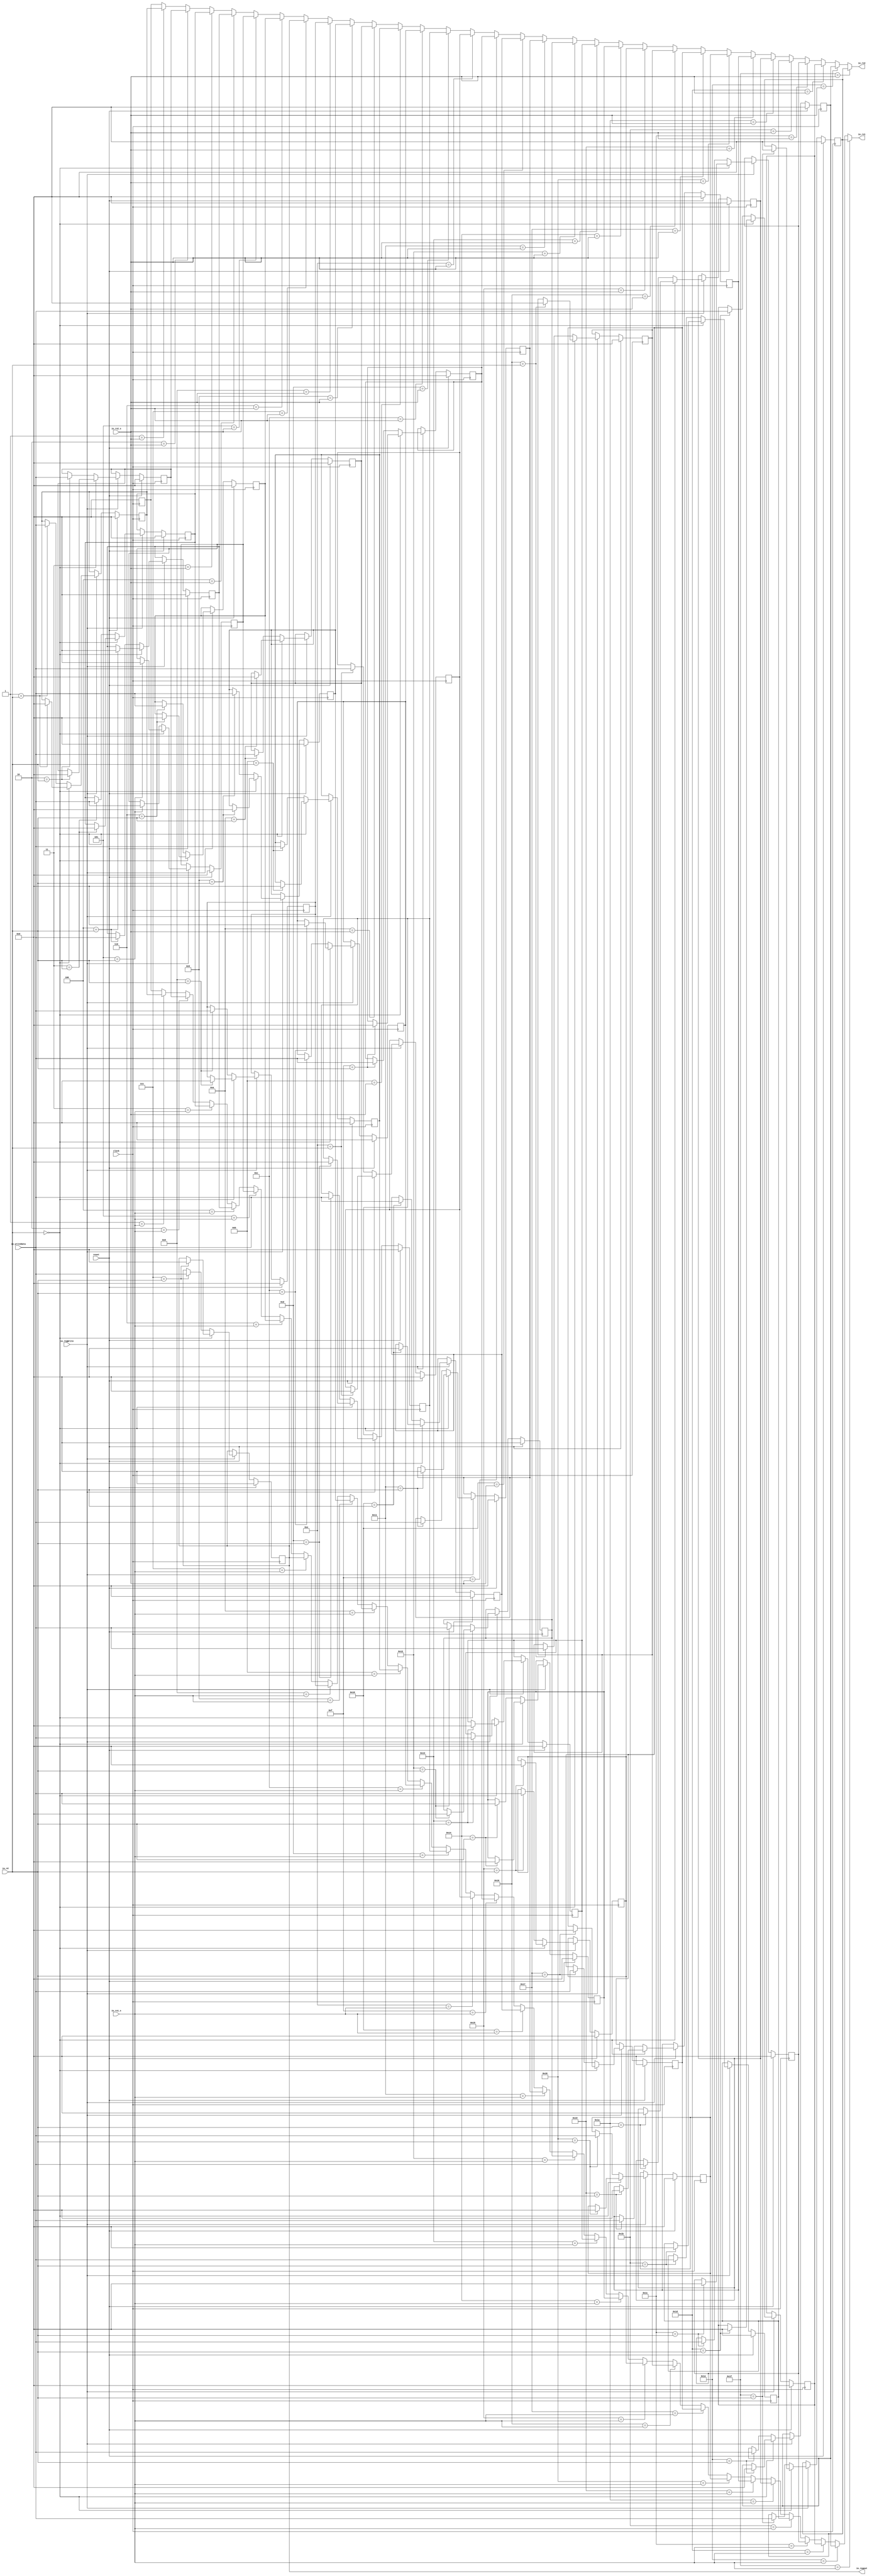
module Regfile(
  input         clock,
  input         reset,
  input         io_regWrite,
  input  [4:0]  io_rs1_s,
  input  [4:0]  io_rs2_s,
  input  [4:0]  io_rd,
  input  [31:0] io_writeData,
  output [31:0] io_rs1,
  output [31:0] io_rs2,
  output [31:0] io_regout
);
  reg [31:0] register_0; // @[Regfile.scala 16:31]
  reg [31:0] _RAND_0;
  reg [31:0] register_1; // @[Regfile.scala 16:31]
  reg [31:0] _RAND_1;
  reg [31:0] register_2; // @[Regfile.scala 16:31]
  reg [31:0] _RAND_2;
  reg [31:0] register_3; // @[Regfile.scala 16:31]
  reg [31:0] _RAND_3;
  reg [31:0] register_4; // @[Regfile.scala 16:31]
  reg [31:0] _RAND_4;
  reg [31:0] register_5; // @[Regfile.scala 16:31]
  reg [31:0] _RAND_5;
  reg [31:0] register_6; // @[Regfile.scala 16:31]
  reg [31:0] _RAND_6;
  reg [31:0] register_7; // @[Regfile.scala 16:31]
  reg [31:0] _RAND_7;
  reg [31:0] register_8; // @[Regfile.scala 16:31]
  reg [31:0] _RAND_8;
  reg [31:0] register_9; // @[Regfile.scala 16:31]
  reg [31:0] _RAND_9;
  reg [31:0] register_10; // @[Regfile.scala 16:31]
  reg [31:0] _RAND_10;
  reg [31:0] register_11; // @[Regfile.scala 16:31]
  reg [31:0] _RAND_11;
  reg [31:0] register_12; // @[Regfile.scala 16:31]
  reg [31:0] _RAND_12;
  reg [31:0] register_13; // @[Regfile.scala 16:31]
  reg [31:0] _RAND_13;
  reg [31:0] register_14; // @[Regfile.scala 16:31]
  reg [31:0] _RAND_14;
  reg [31:0] register_15; // @[Regfile.scala 16:31]
  reg [31:0] _RAND_15;
  reg [31:0] register_16; // @[Regfile.scala 16:31]
  reg [31:0] _RAND_16;
  reg [31:0] register_17; // @[Regfile.scala 16:31]
  reg [31:0] _RAND_17;
  reg [31:0] register_18; // @[Regfile.scala 16:31]
  reg [31:0] _RAND_18;
  reg [31:0] register_19; // @[Regfile.scala 16:31]
  reg [31:0] _RAND_19;
  reg [31:0] register_20; // @[Regfile.scala 16:31]
  reg [31:0] _RAND_20;
  reg [31:0] register_21; // @[Regfile.scala 16:31]
  reg [31:0] _RAND_21;
  reg [31:0] register_22; // @[Regfile.scala 16:31]
  reg [31:0] _RAND_22;
  reg [31:0] register_23; // @[Regfile.scala 16:31]
  reg [31:0] _RAND_23;
  reg [31:0] register_24; // @[Regfile.scala 16:31]
  reg [31:0] _RAND_24;
  reg [31:0] register_25; // @[Regfile.scala 16:31]
  reg [31:0] _RAND_25;
  reg [31:0] register_26; // @[Regfile.scala 16:31]
  reg [31:0] _RAND_26;
  reg [31:0] register_27; // @[Regfile.scala 16:31]
  reg [31:0] _RAND_27;
  reg [31:0] register_28; // @[Regfile.scala 16:31]
  reg [31:0] _RAND_28;
  reg [31:0] register_29; // @[Regfile.scala 16:31]
  reg [31:0] _RAND_29;
  reg [31:0] register_30; // @[Regfile.scala 16:31]
  reg [31:0] _RAND_30;
  reg [31:0] register_31; // @[Regfile.scala 16:31]
  reg [31:0] _RAND_31;
  wire [31:0] _GEN_1; // @[Regfile.scala 18:16]
  wire [31:0] _GEN_2; // @[Regfile.scala 18:16]
  wire [31:0] _GEN_3; // @[Regfile.scala 18:16]
  wire [31:0] _GEN_4; // @[Regfile.scala 18:16]
  wire [31:0] _GEN_5; // @[Regfile.scala 18:16]
  wire [31:0] _GEN_6; // @[Regfile.scala 18:16]
  wire [31:0] _GEN_7; // @[Regfile.scala 18:16]
  wire [31:0] _GEN_8; // @[Regfile.scala 18:16]
  wire [31:0] _GEN_9; // @[Regfile.scala 18:16]
  wire [31:0] _GEN_10; // @[Regfile.scala 18:16]
  wire [31:0] _GEN_11; // @[Regfile.scala 18:16]
  wire [31:0] _GEN_12; // @[Regfile.scala 18:16]
  wire [31:0] _GEN_13; // @[Regfile.scala 18:16]
  wire [31:0] _GEN_14; // @[Regfile.scala 18:16]
  wire [31:0] _GEN_15; // @[Regfile.scala 18:16]
  wire [31:0] _GEN_16; // @[Regfile.scala 18:16]
  wire [31:0] _GEN_17; // @[Regfile.scala 18:16]
  wire [31:0] _GEN_18; // @[Regfile.scala 18:16]
  wire [31:0] _GEN_19; // @[Regfile.scala 18:16]
  wire [31:0] _GEN_20; // @[Regfile.scala 18:16]
  wire [31:0] _GEN_21; // @[Regfile.scala 18:16]
  wire [31:0] _GEN_22; // @[Regfile.scala 18:16]
  wire [31:0] _GEN_23; // @[Regfile.scala 18:16]
  wire [31:0] _GEN_24; // @[Regfile.scala 18:16]
  wire [31:0] _GEN_25; // @[Regfile.scala 18:16]
  wire [31:0] _GEN_26; // @[Regfile.scala 18:16]
  wire [31:0] _GEN_27; // @[Regfile.scala 18:16]
  wire [31:0] _GEN_28; // @[Regfile.scala 18:16]
  wire [31:0] _GEN_29; // @[Regfile.scala 18:16]
  wire [31:0] _GEN_30; // @[Regfile.scala 18:16]
  wire [31:0] _GEN_33; // @[Regfile.scala 19:16]
  wire [31:0] _GEN_34; // @[Regfile.scala 19:16]
  wire [31:0] _GEN_35; // @[Regfile.scala 19:16]
  wire [31:0] _GEN_36; // @[Regfile.scala 19:16]
  wire [31:0] _GEN_37; // @[Regfile.scala 19:16]
  wire [31:0] _GEN_38; // @[Regfile.scala 19:16]
  wire [31:0] _GEN_39; // @[Regfile.scala 19:16]
  wire [31:0] _GEN_40; // @[Regfile.scala 19:16]
  wire [31:0] _GEN_41; // @[Regfile.scala 19:16]
  wire [31:0] _GEN_42; // @[Regfile.scala 19:16]
  wire [31:0] _GEN_43; // @[Regfile.scala 19:16]
  wire [31:0] _GEN_44; // @[Regfile.scala 19:16]
  wire [31:0] _GEN_45; // @[Regfile.scala 19:16]
  wire [31:0] _GEN_46; // @[Regfile.scala 19:16]
  wire [31:0] _GEN_47; // @[Regfile.scala 19:16]
  wire [31:0] _GEN_48; // @[Regfile.scala 19:16]
  wire [31:0] _GEN_49; // @[Regfile.scala 19:16]
  wire [31:0] _GEN_50; // @[Regfile.scala 19:16]
  wire [31:0] _GEN_51; // @[Regfile.scala 19:16]
  wire [31:0] _GEN_52; // @[Regfile.scala 19:16]
  wire [31:0] _GEN_53; // @[Regfile.scala 19:16]
  wire [31:0] _GEN_54; // @[Regfile.scala 19:16]
  wire [31:0] _GEN_55; // @[Regfile.scala 19:16]
  wire [31:0] _GEN_56; // @[Regfile.scala 19:16]
  wire [31:0] _GEN_57; // @[Regfile.scala 19:16]
  wire [31:0] _GEN_58; // @[Regfile.scala 19:16]
  wire [31:0] _GEN_59; // @[Regfile.scala 19:16]
  wire [31:0] _GEN_60; // @[Regfile.scala 19:16]
  wire [31:0] _GEN_61; // @[Regfile.scala 19:16]
  wire [31:0] _GEN_62; // @[Regfile.scala 19:16]
  wire  _T_2; // @[Regfile.scala 21:28]
  assign _GEN_1 = 5'h1 == io_rs1_s ? $signed(register_1) : $signed(register_0); // @[Regfile.scala 18:16]
  assign _GEN_2 = 5'h2 == io_rs1_s ? $signed(register_2) : $signed(_GEN_1); // @[Regfile.scala 18:16]
  assign _GEN_3 = 5'h3 == io_rs1_s ? $signed(register_3) : $signed(_GEN_2); // @[Regfile.scala 18:16]
  assign _GEN_4 = 5'h4 == io_rs1_s ? $signed(register_4) : $signed(_GEN_3); // @[Regfile.scala 18:16]
  assign _GEN_5 = 5'h5 == io_rs1_s ? $signed(register_5) : $signed(_GEN_4); // @[Regfile.scala 18:16]
  assign _GEN_6 = 5'h6 == io_rs1_s ? $signed(register_6) : $signed(_GEN_5); // @[Regfile.scala 18:16]
  assign _GEN_7 = 5'h7 == io_rs1_s ? $signed(register_7) : $signed(_GEN_6); // @[Regfile.scala 18:16]
  assign _GEN_8 = 5'h8 == io_rs1_s ? $signed(register_8) : $signed(_GEN_7); // @[Regfile.scala 18:16]
  assign _GEN_9 = 5'h9 == io_rs1_s ? $signed(register_9) : $signed(_GEN_8); // @[Regfile.scala 18:16]
  assign _GEN_10 = 5'ha == io_rs1_s ? $signed(register_10) : $signed(_GEN_9); // @[Regfile.scala 18:16]
  assign _GEN_11 = 5'hb == io_rs1_s ? $signed(register_11) : $signed(_GEN_10); // @[Regfile.scala 18:16]
  assign _GEN_12 = 5'hc == io_rs1_s ? $signed(register_12) : $signed(_GEN_11); // @[Regfile.scala 18:16]
  assign _GEN_13 = 5'hd == io_rs1_s ? $signed(register_13) : $signed(_GEN_12); // @[Regfile.scala 18:16]
  assign _GEN_14 = 5'he == io_rs1_s ? $signed(register_14) : $signed(_GEN_13); // @[Regfile.scala 18:16]
  assign _GEN_15 = 5'hf == io_rs1_s ? $signed(register_15) : $signed(_GEN_14); // @[Regfile.scala 18:16]
  assign _GEN_16 = 5'h10 == io_rs1_s ? $signed(register_16) : $signed(_GEN_15); // @[Regfile.scala 18:16]
  assign _GEN_17 = 5'h11 == io_rs1_s ? $signed(register_17) : $signed(_GEN_16); // @[Regfile.scala 18:16]
  assign _GEN_18 = 5'h12 == io_rs1_s ? $signed(register_18) : $signed(_GEN_17); // @[Regfile.scala 18:16]
  assign _GEN_19 = 5'h13 == io_rs1_s ? $signed(register_19) : $signed(_GEN_18); // @[Regfile.scala 18:16]
  assign _GEN_20 = 5'h14 == io_rs1_s ? $signed(register_20) : $signed(_GEN_19); // @[Regfile.scala 18:16]
  assign _GEN_21 = 5'h15 == io_rs1_s ? $signed(register_21) : $signed(_GEN_20); // @[Regfile.scala 18:16]
  assign _GEN_22 = 5'h16 == io_rs1_s ? $signed(register_22) : $signed(_GEN_21); // @[Regfile.scala 18:16]
  assign _GEN_23 = 5'h17 == io_rs1_s ? $signed(register_23) : $signed(_GEN_22); // @[Regfile.scala 18:16]
  assign _GEN_24 = 5'h18 == io_rs1_s ? $signed(register_24) : $signed(_GEN_23); // @[Regfile.scala 18:16]
  assign _GEN_25 = 5'h19 == io_rs1_s ? $signed(register_25) : $signed(_GEN_24); // @[Regfile.scala 18:16]
  assign _GEN_26 = 5'h1a == io_rs1_s ? $signed(register_26) : $signed(_GEN_25); // @[Regfile.scala 18:16]
  assign _GEN_27 = 5'h1b == io_rs1_s ? $signed(register_27) : $signed(_GEN_26); // @[Regfile.scala 18:16]
  assign _GEN_28 = 5'h1c == io_rs1_s ? $signed(register_28) : $signed(_GEN_27); // @[Regfile.scala 18:16]
  assign _GEN_29 = 5'h1d == io_rs1_s ? $signed(register_29) : $signed(_GEN_28); // @[Regfile.scala 18:16]
  assign _GEN_30 = 5'h1e == io_rs1_s ? $signed(register_30) : $signed(_GEN_29); // @[Regfile.scala 18:16]
  assign _GEN_33 = 5'h1 == io_rs2_s ? $signed(register_1) : $signed(register_0); // @[Regfile.scala 19:16]
  assign _GEN_34 = 5'h2 == io_rs2_s ? $signed(register_2) : $signed(_GEN_33); // @[Regfile.scala 19:16]
  assign _GEN_35 = 5'h3 == io_rs2_s ? $signed(register_3) : $signed(_GEN_34); // @[Regfile.scala 19:16]
  assign _GEN_36 = 5'h4 == io_rs2_s ? $signed(register_4) : $signed(_GEN_35); // @[Regfile.scala 19:16]
  assign _GEN_37 = 5'h5 == io_rs2_s ? $signed(register_5) : $signed(_GEN_36); // @[Regfile.scala 19:16]
  assign _GEN_38 = 5'h6 == io_rs2_s ? $signed(register_6) : $signed(_GEN_37); // @[Regfile.scala 19:16]
  assign _GEN_39 = 5'h7 == io_rs2_s ? $signed(register_7) : $signed(_GEN_38); // @[Regfile.scala 19:16]
  assign _GEN_40 = 5'h8 == io_rs2_s ? $signed(register_8) : $signed(_GEN_39); // @[Regfile.scala 19:16]
  assign _GEN_41 = 5'h9 == io_rs2_s ? $signed(register_9) : $signed(_GEN_40); // @[Regfile.scala 19:16]
  assign _GEN_42 = 5'ha == io_rs2_s ? $signed(register_10) : $signed(_GEN_41); // @[Regfile.scala 19:16]
  assign _GEN_43 = 5'hb == io_rs2_s ? $signed(register_11) : $signed(_GEN_42); // @[Regfile.scala 19:16]
  assign _GEN_44 = 5'hc == io_rs2_s ? $signed(register_12) : $signed(_GEN_43); // @[Regfile.scala 19:16]
  assign _GEN_45 = 5'hd == io_rs2_s ? $signed(register_13) : $signed(_GEN_44); // @[Regfile.scala 19:16]
  assign _GEN_46 = 5'he == io_rs2_s ? $signed(register_14) : $signed(_GEN_45); // @[Regfile.scala 19:16]
  assign _GEN_47 = 5'hf == io_rs2_s ? $signed(register_15) : $signed(_GEN_46); // @[Regfile.scala 19:16]
  assign _GEN_48 = 5'h10 == io_rs2_s ? $signed(register_16) : $signed(_GEN_47); // @[Regfile.scala 19:16]
  assign _GEN_49 = 5'h11 == io_rs2_s ? $signed(register_17) : $signed(_GEN_48); // @[Regfile.scala 19:16]
  assign _GEN_50 = 5'h12 == io_rs2_s ? $signed(register_18) : $signed(_GEN_49); // @[Regfile.scala 19:16]
  assign _GEN_51 = 5'h13 == io_rs2_s ? $signed(register_19) : $signed(_GEN_50); // @[Regfile.scala 19:16]
  assign _GEN_52 = 5'h14 == io_rs2_s ? $signed(register_20) : $signed(_GEN_51); // @[Regfile.scala 19:16]
  assign _GEN_53 = 5'h15 == io_rs2_s ? $signed(register_21) : $signed(_GEN_52); // @[Regfile.scala 19:16]
  assign _GEN_54 = 5'h16 == io_rs2_s ? $signed(register_22) : $signed(_GEN_53); // @[Regfile.scala 19:16]
  assign _GEN_55 = 5'h17 == io_rs2_s ? $signed(register_23) : $signed(_GEN_54); // @[Regfile.scala 19:16]
  assign _GEN_56 = 5'h18 == io_rs2_s ? $signed(register_24) : $signed(_GEN_55); // @[Regfile.scala 19:16]
  assign _GEN_57 = 5'h19 == io_rs2_s ? $signed(register_25) : $signed(_GEN_56); // @[Regfile.scala 19:16]
  assign _GEN_58 = 5'h1a == io_rs2_s ? $signed(register_26) : $signed(_GEN_57); // @[Regfile.scala 19:16]
  assign _GEN_59 = 5'h1b == io_rs2_s ? $signed(register_27) : $signed(_GEN_58); // @[Regfile.scala 19:16]
  assign _GEN_60 = 5'h1c == io_rs2_s ? $signed(register_28) : $signed(_GEN_59); // @[Regfile.scala 19:16]
  assign _GEN_61 = 5'h1d == io_rs2_s ? $signed(register_29) : $signed(_GEN_60); // @[Regfile.scala 19:16]
  assign _GEN_62 = 5'h1e == io_rs2_s ? $signed(register_30) : $signed(_GEN_61); // @[Regfile.scala 19:16]
  assign _T_2 = io_rd == 5'h0; // @[Regfile.scala 21:28]
  assign io_rs1 = 5'h1f == io_rs1_s ? $signed(register_31) : $signed(_GEN_30); // @[Regfile.scala 18:16]
  assign io_rs2 = 5'h1f == io_rs2_s ? $signed(register_31) : $signed(_GEN_62); // @[Regfile.scala 19:16]
  assign io_regout = register_7; // @[Regfile.scala 27:19]
`ifdef RANDOMIZE_GARBAGE_ASSIGN
`define RANDOMIZE
`endif
`ifdef RANDOMIZE_INVALID_ASSIGN
`define RANDOMIZE
`endif
`ifdef RANDOMIZE_REG_INIT
`define RANDOMIZE
`endif
`ifdef RANDOMIZE_MEM_INIT
`define RANDOMIZE
`endif
`ifndef RANDOM
`define RANDOM $random
`endif
`ifdef RANDOMIZE_MEM_INIT
  integer initvar;
`endif
initial begin
  `ifdef RANDOMIZE
    `ifdef INIT_RANDOM
      `INIT_RANDOM
    `endif
    `ifndef VERILATOR
      `ifdef RANDOMIZE_DELAY
        #`RANDOMIZE_DELAY begin end
      `else
        #0.002 begin end
      `endif
    `endif
  `ifdef RANDOMIZE_REG_INIT
  _RAND_0 = {1{`RANDOM}};
  register_0 = _RAND_0[31:0];
  `endif // RANDOMIZE_REG_INIT
  `ifdef RANDOMIZE_REG_INIT
  _RAND_1 = {1{`RANDOM}};
  register_1 = _RAND_1[31:0];
  `endif // RANDOMIZE_REG_INIT
  `ifdef RANDOMIZE_REG_INIT
  _RAND_2 = {1{`RANDOM}};
  register_2 = _RAND_2[31:0];
  `endif // RANDOMIZE_REG_INIT
  `ifdef RANDOMIZE_REG_INIT
  _RAND_3 = {1{`RANDOM}};
  register_3 = _RAND_3[31:0];
  `endif // RANDOMIZE_REG_INIT
  `ifdef RANDOMIZE_REG_INIT
  _RAND_4 = {1{`RANDOM}};
  register_4 = _RAND_4[31:0];
  `endif // RANDOMIZE_REG_INIT
  `ifdef RANDOMIZE_REG_INIT
  _RAND_5 = {1{`RANDOM}};
  register_5 = _RAND_5[31:0];
  `endif // RANDOMIZE_REG_INIT
  `ifdef RANDOMIZE_REG_INIT
  _RAND_6 = {1{`RANDOM}};
  register_6 = _RAND_6[31:0];
  `endif // RANDOMIZE_REG_INIT
  `ifdef RANDOMIZE_REG_INIT
  _RAND_7 = {1{`RANDOM}};
  register_7 = _RAND_7[31:0];
  `endif // RANDOMIZE_REG_INIT
  `ifdef RANDOMIZE_REG_INIT
  _RAND_8 = {1{`RANDOM}};
  register_8 = _RAND_8[31:0];
  `endif // RANDOMIZE_REG_INIT
  `ifdef RANDOMIZE_REG_INIT
  _RAND_9 = {1{`RANDOM}};
  register_9 = _RAND_9[31:0];
  `endif // RANDOMIZE_REG_INIT
  `ifdef RANDOMIZE_REG_INIT
  _RAND_10 = {1{`RANDOM}};
  register_10 = _RAND_10[31:0];
  `endif // RANDOMIZE_REG_INIT
  `ifdef RANDOMIZE_REG_INIT
  _RAND_11 = {1{`RANDOM}};
  register_11 = _RAND_11[31:0];
  `endif // RANDOMIZE_REG_INIT
  `ifdef RANDOMIZE_REG_INIT
  _RAND_12 = {1{`RANDOM}};
  register_12 = _RAND_12[31:0];
  `endif // RANDOMIZE_REG_INIT
  `ifdef RANDOMIZE_REG_INIT
  _RAND_13 = {1{`RANDOM}};
  register_13 = _RAND_13[31:0];
  `endif // RANDOMIZE_REG_INIT
  `ifdef RANDOMIZE_REG_INIT
  _RAND_14 = {1{`RANDOM}};
  register_14 = _RAND_14[31:0];
  `endif // RANDOMIZE_REG_INIT
  `ifdef RANDOMIZE_REG_INIT
  _RAND_15 = {1{`RANDOM}};
  register_15 = _RAND_15[31:0];
  `endif // RANDOMIZE_REG_INIT
  `ifdef RANDOMIZE_REG_INIT
  _RAND_16 = {1{`RANDOM}};
  register_16 = _RAND_16[31:0];
  `endif // RANDOMIZE_REG_INIT
  `ifdef RANDOMIZE_REG_INIT
  _RAND_17 = {1{`RANDOM}};
  register_17 = _RAND_17[31:0];
  `endif // RANDOMIZE_REG_INIT
  `ifdef RANDOMIZE_REG_INIT
  _RAND_18 = {1{`RANDOM}};
  register_18 = _RAND_18[31:0];
  `endif // RANDOMIZE_REG_INIT
  `ifdef RANDOMIZE_REG_INIT
  _RAND_19 = {1{`RANDOM}};
  register_19 = _RAND_19[31:0];
  `endif // RANDOMIZE_REG_INIT
  `ifdef RANDOMIZE_REG_INIT
  _RAND_20 = {1{`RANDOM}};
  register_20 = _RAND_20[31:0];
  `endif // RANDOMIZE_REG_INIT
  `ifdef RANDOMIZE_REG_INIT
  _RAND_21 = {1{`RANDOM}};
  register_21 = _RAND_21[31:0];
  `endif // RANDOMIZE_REG_INIT
  `ifdef RANDOMIZE_REG_INIT
  _RAND_22 = {1{`RANDOM}};
  register_22 = _RAND_22[31:0];
  `endif // RANDOMIZE_REG_INIT
  `ifdef RANDOMIZE_REG_INIT
  _RAND_23 = {1{`RANDOM}};
  register_23 = _RAND_23[31:0];
  `endif // RANDOMIZE_REG_INIT
  `ifdef RANDOMIZE_REG_INIT
  _RAND_24 = {1{`RANDOM}};
  register_24 = _RAND_24[31:0];
  `endif // RANDOMIZE_REG_INIT
  `ifdef RANDOMIZE_REG_INIT
  _RAND_25 = {1{`RANDOM}};
  register_25 = _RAND_25[31:0];
  `endif // RANDOMIZE_REG_INIT
  `ifdef RANDOMIZE_REG_INIT
  _RAND_26 = {1{`RANDOM}};
  register_26 = _RAND_26[31:0];
  `endif // RANDOMIZE_REG_INIT
  `ifdef RANDOMIZE_REG_INIT
  _RAND_27 = {1{`RANDOM}};
  register_27 = _RAND_27[31:0];
  `endif // RANDOMIZE_REG_INIT
  `ifdef RANDOMIZE_REG_INIT
  _RAND_28 = {1{`RANDOM}};
  register_28 = _RAND_28[31:0];
  `endif // RANDOMIZE_REG_INIT
  `ifdef RANDOMIZE_REG_INIT
  _RAND_29 = {1{`RANDOM}};
  register_29 = _RAND_29[31:0];
  `endif // RANDOMIZE_REG_INIT
  `ifdef RANDOMIZE_REG_INIT
  _RAND_30 = {1{`RANDOM}};
  register_30 = _RAND_30[31:0];
  `endif // RANDOMIZE_REG_INIT
  `ifdef RANDOMIZE_REG_INIT
  _RAND_31 = {1{`RANDOM}};
  register_31 = _RAND_31[31:0];
  `endif // RANDOMIZE_REG_INIT
  `endif // RANDOMIZE
end
  always @(posedge clock) begin
    if (reset) begin
      register_0 <= 32'sh0;
    end else begin
      if (io_regWrite) begin
        if (_T_2) begin
          register_0 <= 32'sh0;
        end else begin
          if (5'h0 == io_rd) begin
            register_0 <= io_writeData;
          end else begin
            register_0 <= 32'sh0;
          end
        end
      end else begin
        register_0 <= 32'sh0;
      end
    end
    if (reset) begin
      register_1 <= 32'sh0;
    end else begin
      if (io_regWrite) begin
        if (_T_2) begin
          if (5'h1 == io_rd) begin
            register_1 <= 32'sh0;
          end
        end else begin
          if (5'h1 == io_rd) begin
            register_1 <= io_writeData;
          end
        end
      end
    end
    if (reset) begin
      register_2 <= 32'sh0;
    end else begin
      if (io_regWrite) begin
        if (_T_2) begin
          if (5'h2 == io_rd) begin
            register_2 <= 32'sh0;
          end
        end else begin
          if (5'h2 == io_rd) begin
            register_2 <= io_writeData;
          end
        end
      end
    end
    if (reset) begin
      register_3 <= 32'sh0;
    end else begin
      if (io_regWrite) begin
        if (_T_2) begin
          if (5'h3 == io_rd) begin
            register_3 <= 32'sh0;
          end
        end else begin
          if (5'h3 == io_rd) begin
            register_3 <= io_writeData;
          end
        end
      end
    end
    if (reset) begin
      register_4 <= 32'sh0;
    end else begin
      if (io_regWrite) begin
        if (_T_2) begin
          if (5'h4 == io_rd) begin
            register_4 <= 32'sh0;
          end
        end else begin
          if (5'h4 == io_rd) begin
            register_4 <= io_writeData;
          end
        end
      end
    end
    if (reset) begin
      register_5 <= 32'sh0;
    end else begin
      if (io_regWrite) begin
        if (_T_2) begin
          if (5'h5 == io_rd) begin
            register_5 <= 32'sh0;
          end
        end else begin
          if (5'h5 == io_rd) begin
            register_5 <= io_writeData;
          end
        end
      end
    end
    if (reset) begin
      register_6 <= 32'sh0;
    end else begin
      if (io_regWrite) begin
        if (_T_2) begin
          if (5'h6 == io_rd) begin
            register_6 <= 32'sh0;
          end
        end else begin
          if (5'h6 == io_rd) begin
            register_6 <= io_writeData;
          end
        end
      end
    end
    if (reset) begin
      register_7 <= 32'sh0;
    end else begin
      if (io_regWrite) begin
        if (_T_2) begin
          if (5'h7 == io_rd) begin
            register_7 <= 32'sh0;
          end
        end else begin
          if (5'h7 == io_rd) begin
            register_7 <= io_writeData;
          end
        end
      end
    end
    if (reset) begin
      register_8 <= 32'sh0;
    end else begin
      if (io_regWrite) begin
        if (_T_2) begin
          if (5'h8 == io_rd) begin
            register_8 <= 32'sh0;
          end
        end else begin
          if (5'h8 == io_rd) begin
            register_8 <= io_writeData;
          end
        end
      end
    end
    if (reset) begin
      register_9 <= 32'sh0;
    end else begin
      if (io_regWrite) begin
        if (_T_2) begin
          if (5'h9 == io_rd) begin
            register_9 <= 32'sh0;
          end
        end else begin
          if (5'h9 == io_rd) begin
            register_9 <= io_writeData;
          end
        end
      end
    end
    if (reset) begin
      register_10 <= 32'sh0;
    end else begin
      if (io_regWrite) begin
        if (_T_2) begin
          if (5'ha == io_rd) begin
            register_10 <= 32'sh0;
          end
        end else begin
          if (5'ha == io_rd) begin
            register_10 <= io_writeData;
          end
        end
      end
    end
    if (reset) begin
      register_11 <= 32'sh0;
    end else begin
      if (io_regWrite) begin
        if (_T_2) begin
          if (5'hb == io_rd) begin
            register_11 <= 32'sh0;
          end
        end else begin
          if (5'hb == io_rd) begin
            register_11 <= io_writeData;
          end
        end
      end
    end
    if (reset) begin
      register_12 <= 32'sh0;
    end else begin
      if (io_regWrite) begin
        if (_T_2) begin
          if (5'hc == io_rd) begin
            register_12 <= 32'sh0;
          end
        end else begin
          if (5'hc == io_rd) begin
            register_12 <= io_writeData;
          end
        end
      end
    end
    if (reset) begin
      register_13 <= 32'sh0;
    end else begin
      if (io_regWrite) begin
        if (_T_2) begin
          if (5'hd == io_rd) begin
            register_13 <= 32'sh0;
          end
        end else begin
          if (5'hd == io_rd) begin
            register_13 <= io_writeData;
          end
        end
      end
    end
    if (reset) begin
      register_14 <= 32'sh0;
    end else begin
      if (io_regWrite) begin
        if (_T_2) begin
          if (5'he == io_rd) begin
            register_14 <= 32'sh0;
          end
        end else begin
          if (5'he == io_rd) begin
            register_14 <= io_writeData;
          end
        end
      end
    end
    if (reset) begin
      register_15 <= 32'sh0;
    end else begin
      if (io_regWrite) begin
        if (_T_2) begin
          if (5'hf == io_rd) begin
            register_15 <= 32'sh0;
          end
        end else begin
          if (5'hf == io_rd) begin
            register_15 <= io_writeData;
          end
        end
      end
    end
    if (reset) begin
      register_16 <= 32'sh0;
    end else begin
      if (io_regWrite) begin
        if (_T_2) begin
          if (5'h10 == io_rd) begin
            register_16 <= 32'sh0;
          end
        end else begin
          if (5'h10 == io_rd) begin
            register_16 <= io_writeData;
          end
        end
      end
    end
    if (reset) begin
      register_17 <= 32'sh0;
    end else begin
      if (io_regWrite) begin
        if (_T_2) begin
          if (5'h11 == io_rd) begin
            register_17 <= 32'sh0;
          end
        end else begin
          if (5'h11 == io_rd) begin
            register_17 <= io_writeData;
          end
        end
      end
    end
    if (reset) begin
      register_18 <= 32'sh0;
    end else begin
      if (io_regWrite) begin
        if (_T_2) begin
          if (5'h12 == io_rd) begin
            register_18 <= 32'sh0;
          end
        end else begin
          if (5'h12 == io_rd) begin
            register_18 <= io_writeData;
          end
        end
      end
    end
    if (reset) begin
      register_19 <= 32'sh0;
    end else begin
      if (io_regWrite) begin
        if (_T_2) begin
          if (5'h13 == io_rd) begin
            register_19 <= 32'sh0;
          end
        end else begin
          if (5'h13 == io_rd) begin
            register_19 <= io_writeData;
          end
        end
      end
    end
    if (reset) begin
      register_20 <= 32'sh0;
    end else begin
      if (io_regWrite) begin
        if (_T_2) begin
          if (5'h14 == io_rd) begin
            register_20 <= 32'sh0;
          end
        end else begin
          if (5'h14 == io_rd) begin
            register_20 <= io_writeData;
          end
        end
      end
    end
    if (reset) begin
      register_21 <= 32'sh0;
    end else begin
      if (io_regWrite) begin
        if (_T_2) begin
          if (5'h15 == io_rd) begin
            register_21 <= 32'sh0;
          end
        end else begin
          if (5'h15 == io_rd) begin
            register_21 <= io_writeData;
          end
        end
      end
    end
    if (reset) begin
      register_22 <= 32'sh0;
    end else begin
      if (io_regWrite) begin
        if (_T_2) begin
          if (5'h16 == io_rd) begin
            register_22 <= 32'sh0;
          end
        end else begin
          if (5'h16 == io_rd) begin
            register_22 <= io_writeData;
          end
        end
      end
    end
    if (reset) begin
      register_23 <= 32'sh0;
    end else begin
      if (io_regWrite) begin
        if (_T_2) begin
          if (5'h17 == io_rd) begin
            register_23 <= 32'sh0;
          end
        end else begin
          if (5'h17 == io_rd) begin
            register_23 <= io_writeData;
          end
        end
      end
    end
    if (reset) begin
      register_24 <= 32'sh0;
    end else begin
      if (io_regWrite) begin
        if (_T_2) begin
          if (5'h18 == io_rd) begin
            register_24 <= 32'sh0;
          end
        end else begin
          if (5'h18 == io_rd) begin
            register_24 <= io_writeData;
          end
        end
      end
    end
    if (reset) begin
      register_25 <= 32'sh0;
    end else begin
      if (io_regWrite) begin
        if (_T_2) begin
          if (5'h19 == io_rd) begin
            register_25 <= 32'sh0;
          end
        end else begin
          if (5'h19 == io_rd) begin
            register_25 <= io_writeData;
          end
        end
      end
    end
    if (reset) begin
      register_26 <= 32'sh0;
    end else begin
      if (io_regWrite) begin
        if (_T_2) begin
          if (5'h1a == io_rd) begin
            register_26 <= 32'sh0;
          end
        end else begin
          if (5'h1a == io_rd) begin
            register_26 <= io_writeData;
          end
        end
      end
    end
    if (reset) begin
      register_27 <= 32'sh0;
    end else begin
      if (io_regWrite) begin
        if (_T_2) begin
          if (5'h1b == io_rd) begin
            register_27 <= 32'sh0;
          end
        end else begin
          if (5'h1b == io_rd) begin
            register_27 <= io_writeData;
          end
        end
      end
    end
    if (reset) begin
      register_28 <= 32'sh0;
    end else begin
      if (io_regWrite) begin
        if (_T_2) begin
          if (5'h1c == io_rd) begin
            register_28 <= 32'sh0;
          end
        end else begin
          if (5'h1c == io_rd) begin
            register_28 <= io_writeData;
          end
        end
      end
    end
    if (reset) begin
      register_29 <= 32'sh0;
    end else begin
      if (io_regWrite) begin
        if (_T_2) begin
          if (5'h1d == io_rd) begin
            register_29 <= 32'sh0;
          end
        end else begin
          if (5'h1d == io_rd) begin
            register_29 <= io_writeData;
          end
        end
      end
    end
    if (reset) begin
      register_30 <= 32'sh0;
    end else begin
      if (io_regWrite) begin
        if (_T_2) begin
          if (5'h1e == io_rd) begin
            register_30 <= 32'sh0;
          end
        end else begin
          if (5'h1e == io_rd) begin
            register_30 <= io_writeData;
          end
        end
      end
    end
    if (reset) begin
      register_31 <= 32'sh0;
    end else begin
      if (io_regWrite) begin
        if (_T_2) begin
          if (5'h1f == io_rd) begin
            register_31 <= 32'sh0;
          end
        end else begin
          if (5'h1f == io_rd) begin
            register_31 <= io_writeData;
          end
        end
      end
    end
  end
endmodule